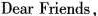
Dear Friends,